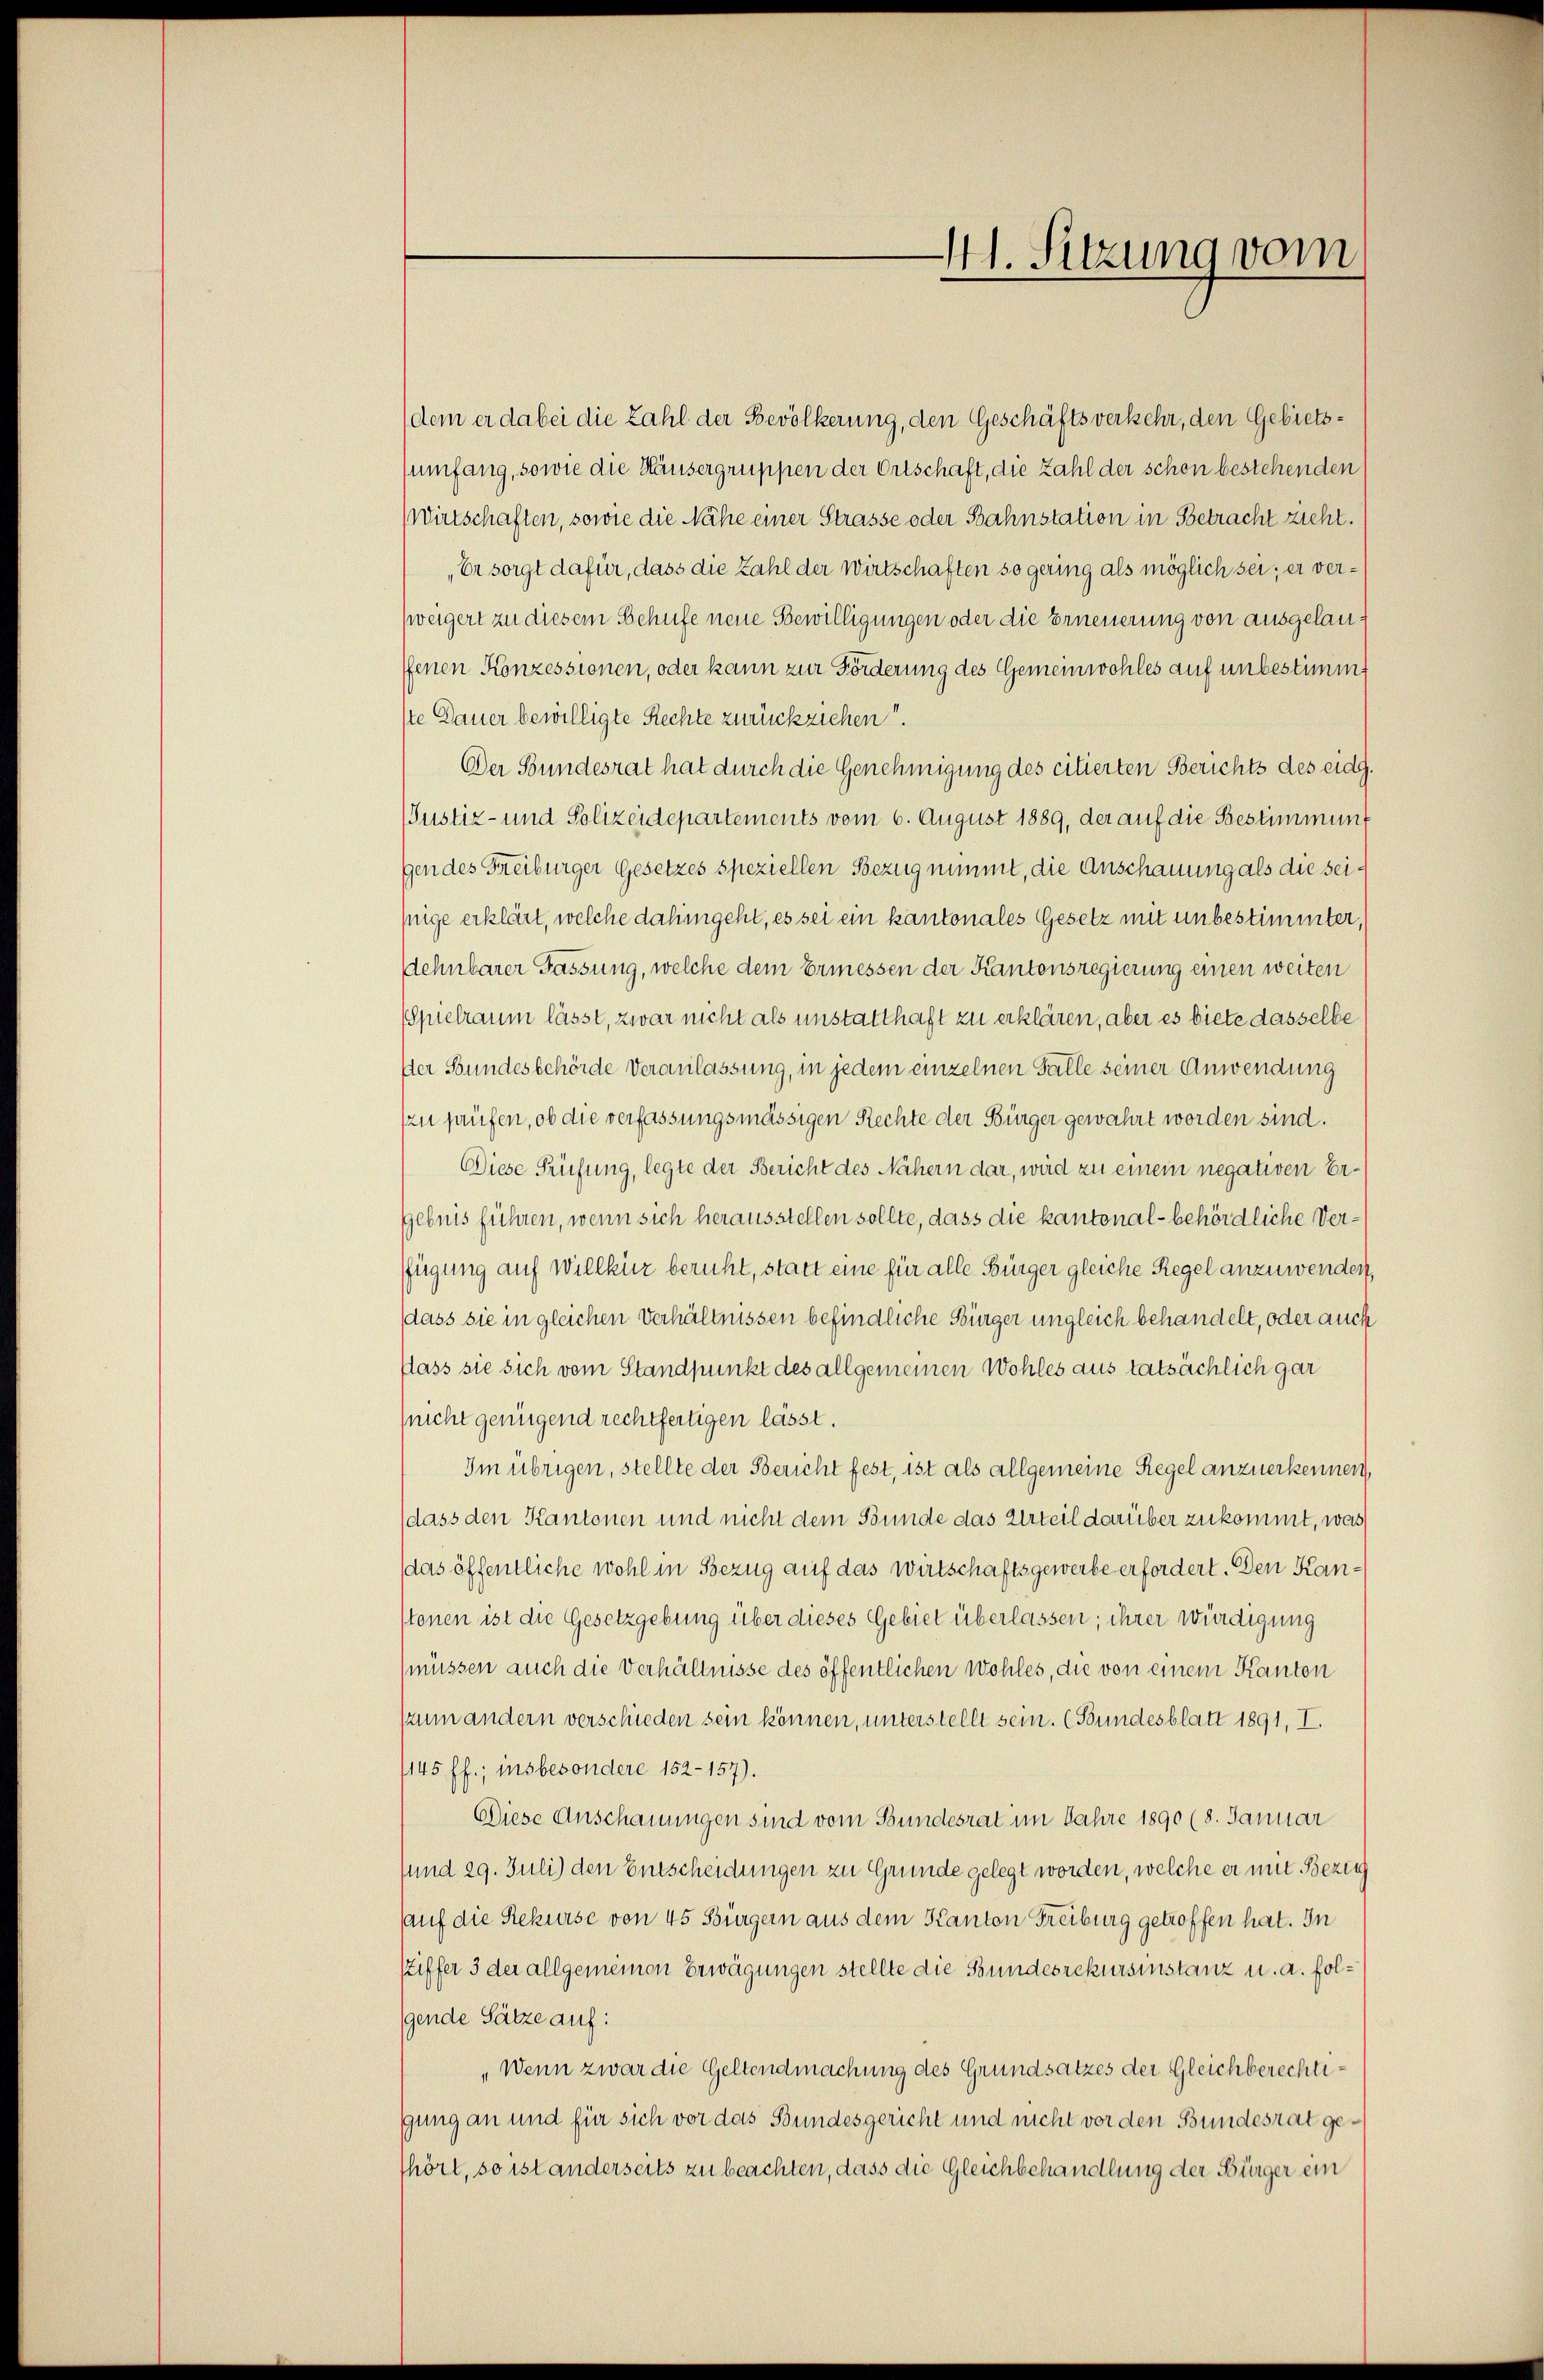
41. Sitzung vom

dem er dabei die Zahl der Bevölkerung, den Geschäftsverkehr, den Gebietssumfang, sowie die Häusergruppen der Ortschaft, die Zahl der schen bestehenden
Wirtschaften, sowie die Nähe einer Strasse oder Bahnstation in Betracht zieht.
Er sorgt dafür, dass die Zahl der Wirtschaften so gering als möglich sei; er verweigert zu diesem Behufe neue Bewilligungen oder die Erneuerung von ausgelauffenen Konzessionen, oder kann zur Förderung des Gemeinwohles auf unbestimmt
ste Dauer bewilligte Rechte zurückziehen“
Der Bundesrat hat durch die Genehmigung des citierten Berichts des eidg.
(Justiz- und Polizeidepartements vom 6. August 1889, der auf die Bestimmungen des Freiburger Gesetzes speziellen Bezug nimmt, die Anschauung als die seiprige erklärt, welche dahingeht, es sei ein kantonales Gesetz mit unbestimmter,
Dehnbarer Fassung, welche dem Ermessen der Kantonsregierung einen weiten
Spielraum lässt, zwar nicht als unstatthaft zu erklären, aber es biete dasselbe
Ver Bundesbehörde Veranlassung, in jedem einzelnen Falle seiner Anwendung
(zu prüfen, ob die verfassungsmässigen Rechte der Bürger gewahrt worden sind.
Diese Prüfung, legte der Bericht des Nähern dar, wird zu einem negativen Er¬
Gebnis führen, wenn sich herausstellen sollte, dass die kantonal- behördliche Verfügung auf Willkür beruht, statt eine für alle Bürger gleiche Regel anzuwenden,
dass sie in gleichen Verhältnissen befindliche Bürger ungleich behandelt, oder auch
flass sie sich vom Standpunkt des allgemeinen Wohles aus tatsächlich gar
(nicht genügend rechtfertigen lässt.
Im übrigen, stellte der Bericht fest, ist als allgemeine Regel anzuerkennen,
dass den Kantonen und nicht dem Bunde das Urteil darüber zukommt, was
das öffentliche wohl in Bezug auf das Wirtschaftsgewerbe erfordert. Den Kanstonen ist die Gesetzgebung über dieses Gebiet überlassen; ihrer würdigung
(müssen auch die Verhältnisse des öffentlichen Wohles, die von einem Kanton
zum andern verschieden sein können, unterstellt sein. (Bundesblatt 1891, I.
1145 ff.; insbesondere 152-157).
Diese Anschauungen sind vom Bundesrat im Jahre 1890 (8. Januar
sund 29. Juli) den Entscheidungen zu Grunde gelegt worden, welche er mit Bezieh
sauf die Rekurse von 45 Bürgern aus dem Kanton Freiburg getroffen hat. In
stiffer 3 der allgemeinen Erwägungen stellte die Bundesrekursinstanz u. a. folgende Sätze auf:
„Wenn zwar die Geltendmachung des Grundsatzes der Gleichberechtigung an und für sich vor das Bundesgericht und nicht vor den Bundesrat gethört, so ist anderseits zu beachten, dass die Gleichbehandlung der Bürger ein